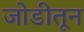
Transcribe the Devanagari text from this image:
जोडीतून